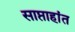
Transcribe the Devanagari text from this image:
साप्ताहांत